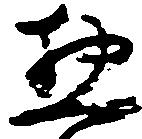
惣